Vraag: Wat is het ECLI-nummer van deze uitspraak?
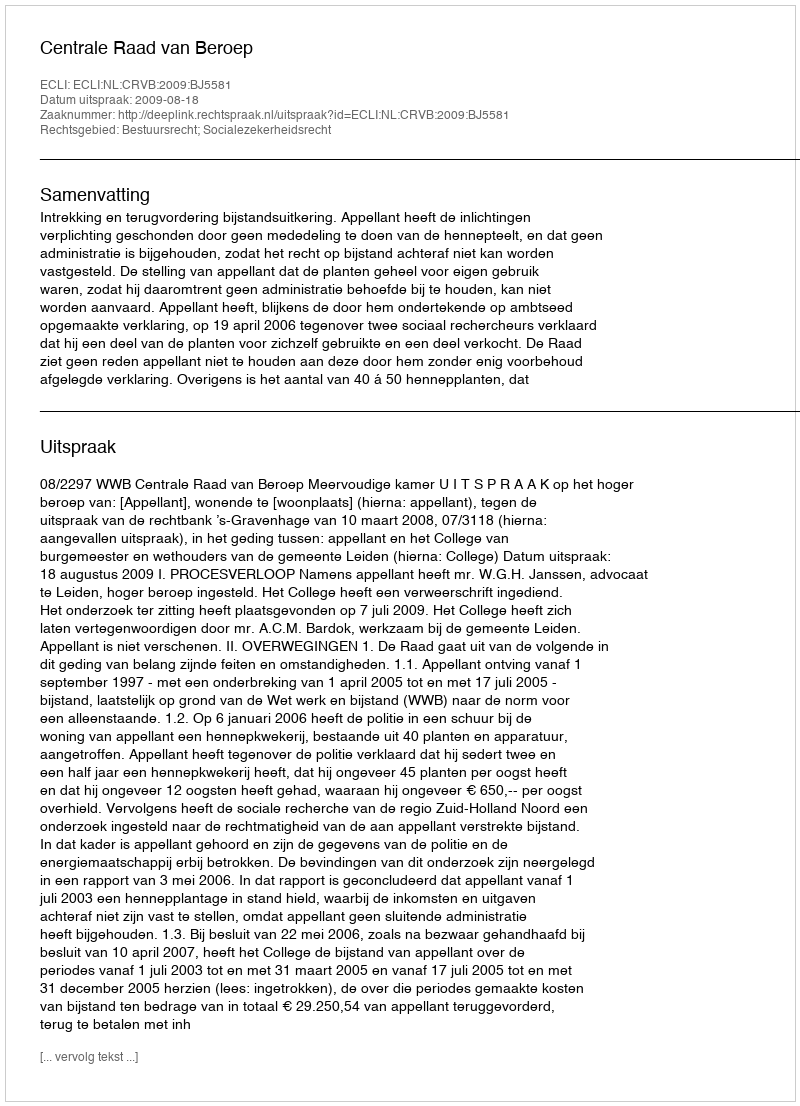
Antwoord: ECLI:NL:CRVB:2009:BJ5581